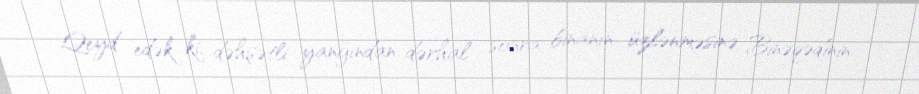
Qeyd edək ki, dəhşətli yanğından dərhal sonra binanın üzlənməsinə Binəqədinin